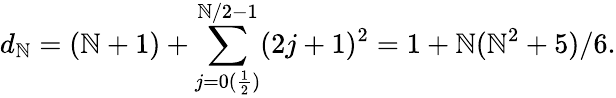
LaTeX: d_{\mathbb{N}}=(\mathbb{N}+1)+\sum_{j=0(\frac{{1}}{{2}})}^{\mathbb{N}/2-1}(2j+1)^{2}=1+\mathbb{N}(\mathbb{N}^{2}+5)/6.